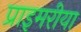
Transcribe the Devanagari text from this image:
प्राइमरीया